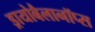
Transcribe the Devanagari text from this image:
ड्रायोबैलानॉप्स